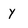
Character: Y